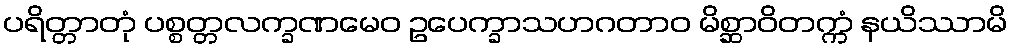
ပရိတ္တာတုံ ပစ္စတ္တလက္ခဏမေဝ ဥပေက္ခာသဟဂတာဝ မိစ္ဆာဝိတက္ကံ နယိဿာမိ